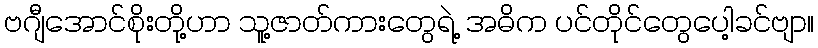
ဗဂျီအောင်စိုးတို့ဟာ သူ့ဇာတ်ကားတွေရဲ့ အဓိက ပင်တိုင်တွေပေါ့ခင်ဗျာ။